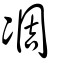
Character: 凋